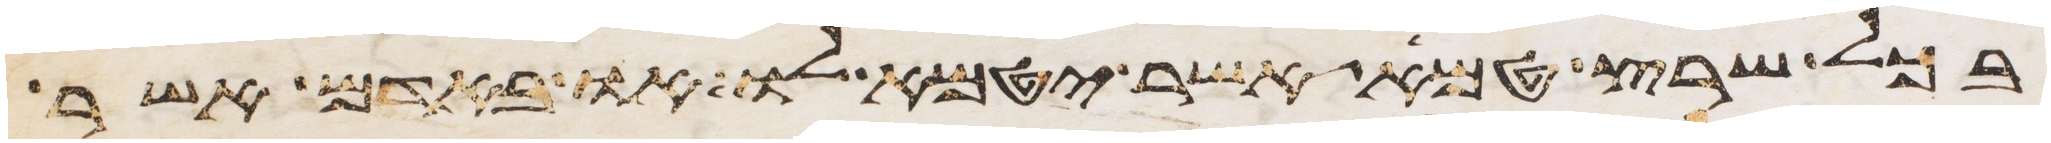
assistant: בכל שרץ טמא אשר יטמא לו או באדם אשר